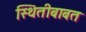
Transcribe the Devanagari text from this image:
स्थितीबाबत